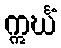
ဣင်္ဃံ